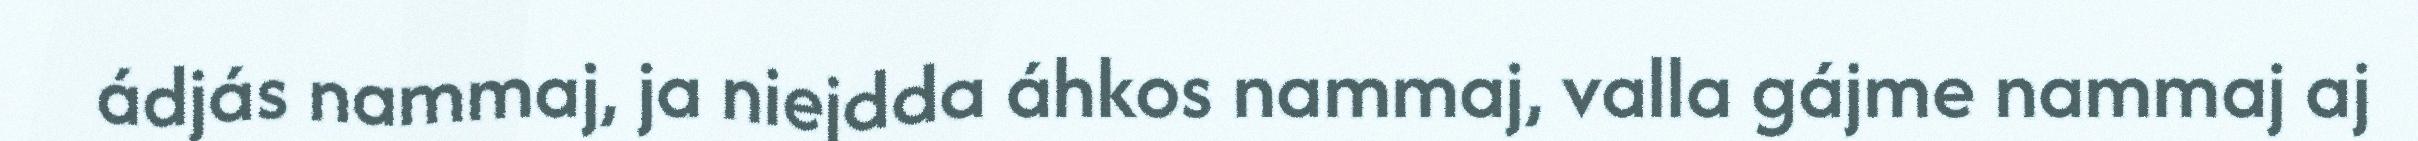
ádjás nammaj, ja niejdda áhkos nammaj, valla gájme nammaj aj